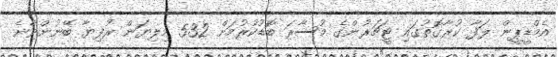
އެމްޑީޕީން ލަފާ ކުރާގޮތުގައި ޓީޗަރުންގެ މުސާރަ ބޮޑުކުރުމަށް 532 މިލިޔަން ރުފިޔާ ބޭނުންވާނެ